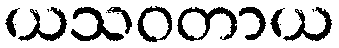
ယသဝတာယ